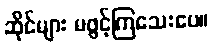
ဆိုင်များ မဖွင့်ကြသေးပေ။